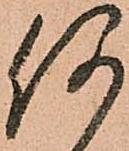
何